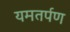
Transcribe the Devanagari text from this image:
यमतर्पण